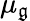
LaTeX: \mu_{\mathfrak{g}}